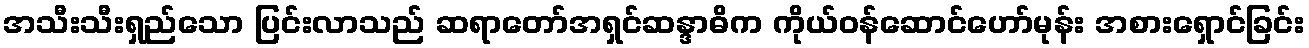
အသီးသီးရှည်သော ပြင်းလာသည် ဆရာတော်အရှင်ဆန္ဒာဓိက ကိုယ်ဝန်ဆောင်ဟော်မုန်း အစားရှောင်ခြင်း